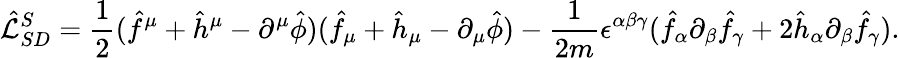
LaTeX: \hat{\cal{L}}_{SD}^{S}=\frac{1}{2}(\hat{f}^{\mu}+\hat{h}^{\mu}-\partial^{\mu}\hat{\phi})(\hat{f}_{\mu}+\hat{h}_{\mu}-\partial_{\mu}\hat{\phi})-\frac{1}{2m}\epsilon^{\alpha\beta\gamma}(\hat{f}_{\alpha}\partial_{\beta}\hat{f}_{\gamma}+2\hat{h}_{\alpha}\partial_{\beta}\hat{f}_{\gamma}).